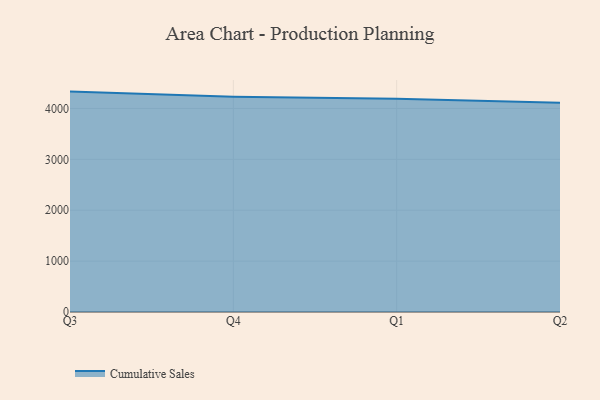
{"axis": {"x": "Quarter", "y": "Production Output"}, "legend": ["Cumulative Sales"], "data": [{"x": "Q3", "y": 4331.8, "type": "Cumulative Sales"}, {"x": "Q4", "y": 4231.3, "type": "Cumulative Sales"}, {"x": "Q1", "y": 4192.0, "type": "Cumulative Sales"}, {"x": "Q2", "y": 4111.1, "type": "Cumulative Sales"}]}